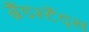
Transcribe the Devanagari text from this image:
ग्रैंडस्टैंड्स